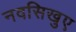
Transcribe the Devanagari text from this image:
नवसिखुए